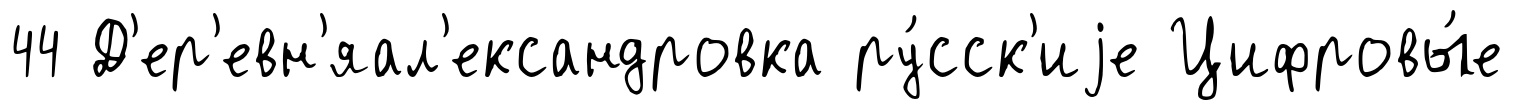
44 Д'ер'евн'яал'ександровка ру́сск'иjе Цифровы́е